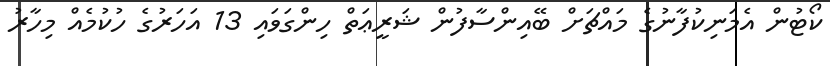
ކޯޓުން އެމަނިކުފާނުގެ މައްޗަށް ބޭއިންސާފުން ޝަރީޢަތް ހިންގަވައި 13 އަހަރުގެ ހުކުމެއް މިހާރު